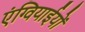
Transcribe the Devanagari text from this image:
एंग्वियाईयों